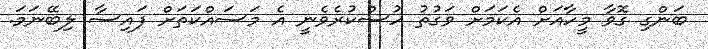
ބަންގި ގޮވާ މީހާއަށް އެކަމަށް ވަގުތު ހުސްކުރެވެނީ އެ މަސައްކަތަށް ފައިސާ ލިބޭނަމަ.